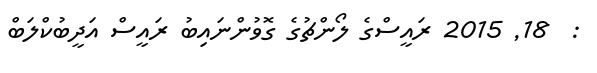
:  18